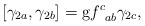
\begin{align*}\left[ \gamma _{2a},\gamma _{2b}\right] =\mathrm{g}f_{\;\;ab}^{c}\gamma_{2c}, \end{align*}